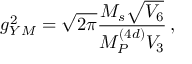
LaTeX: g _ { Y M } ^ { 2 } = \sqrt { 2 \pi } { \frac { M _ { s } \sqrt { V _ { 6 } } } { M _ { P } ^ { ( 4 d ) } V _ { 3 } } } \, ,